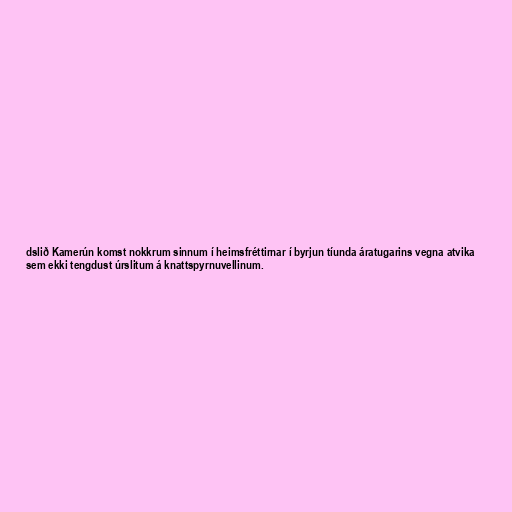
dslið Kamerún komst nokkrum sinnum í heimsfréttirnar í byrjun tíunda áratugarins vegna atvika
sem ekki tengdust úrslitum á knattspyrnuvellinum.